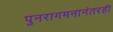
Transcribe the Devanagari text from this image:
पुनरागमनानंतरही